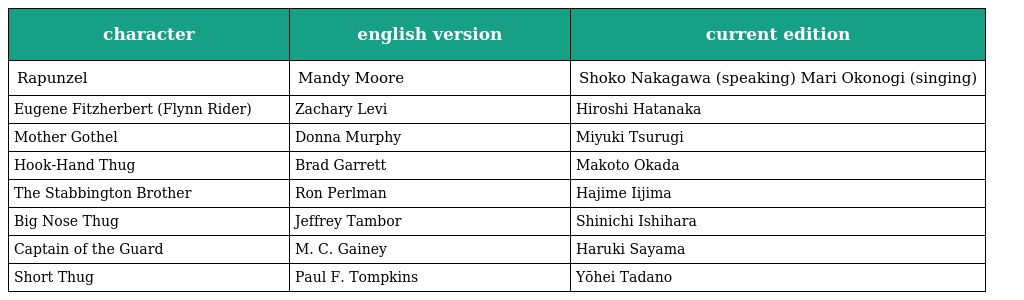
| character | english version | current edition |
 | --- | --- | --- |
 | Rapunzel | Mandy Moore | Shoko Nakagawa (speaking) Mari Okonogi (singing) |
 | Eugene Fitzherbert (Flynn Rider) | Zachary Levi | Hiroshi Hatanaka |
 | Mother Gothel | Donna Murphy | Miyuki Tsurugi |
 | Hook-Hand Thug | Brad Garrett | Makoto Okada |
 | The Stabbington Brother | Ron Perlman | Hajime Iijima |
 | Big Nose Thug | Jeffrey Tambor | Shinichi Ishihara |
 | Captain of the Guard | M. C. Gainey | Haruki Sayama |
 | Short Thug | Paul F. Tompkins | Yōhei Tadano |